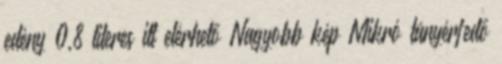
edény 0,8 literes itt elérhető Nagyobb kép Mikró tányérfedő